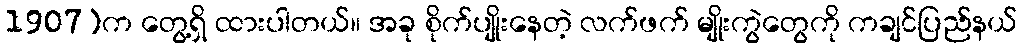
1907)က တွေ့ရှိ ထားပါတယ်။ အခု စိုက်ပျိုးနေတဲ့ လက်ဖက် မျိုးကွဲတွေကို ကချင်ပြည်နယ်